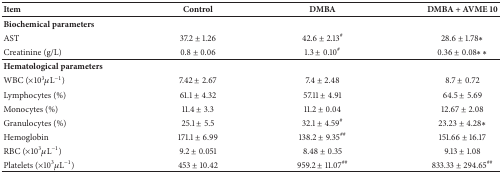
| Item | Control | DMBA | DMBA + AVME 10 |
 | --- | --- | --- | --- |
 | Biochemical parameters |  |  |  |
 | AST | 37.2 ± 1.26 | 42.6 ± 2.13# | 28.6 ± 1.78∗ |
 | Creatinine (g/L) | 0.8 ± 0.06 | 1.3 ± 0.10# | 0.36 ± 0.08∗∗ |
 | Hematological parameters |  |  |  |
 | WBC (×103μL−1) | 7.42 ± 2.67 | 7.4 ± 2.48 | 8.7 ± 0.72 |
 | Lymphocytes (%) | 61.1 ± 4.32 | 57.11 ± 4.91 | 64.5 ± 5.69 |
 | Monocytes (%) | 11.4 ± 3.3 | 11.2 ± 0.04 | 12.67 ± 2.08 |
 | Granulocytes (%) | 25.1 ± 5.5 | 32.1 ± 4.59# | 23.23 ± 4.28∗ |
 | Hemoglobin | 171.1 ± 6.99 | 138.2 ± 9.35## | 151.66 ± 16.17 |
 | RBC (×103μL−1) | 9.2 ± 0.051 | 8.48 ± 0.35 | 9.13 ± 1.08 |
 | Platelets (×103μL−1) | 453 ± 10.42 | 959.2 ± 11.07## | 833.33 ± 294.65## |